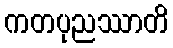
ကတပုညဿာတိ